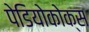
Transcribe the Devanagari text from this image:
पेडियोकोक्स